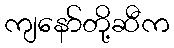
ကျနော်တို့ဆီက